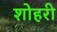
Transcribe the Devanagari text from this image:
शोहरी